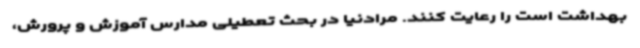
بهداشت است را رعایت کنند. مرادنیا در بحث تعطیلی مدارس آموزش و پرورش،